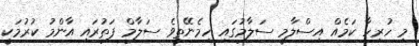
މި ހުރިހާ ކަމެއް އިސްލާމީ ސަލާމުގައި ހިމެނޭތީވެ ސަލާމް ފަތުރައި އާންމު ކުރުމަކީ